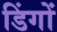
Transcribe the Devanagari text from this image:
डिंगों